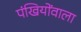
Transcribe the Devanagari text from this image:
पंखियोंवाला